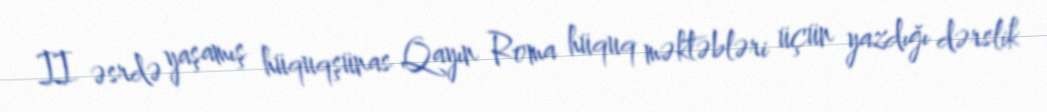
II əsrdə yaşamış hüquqşünas Qayın Roma hüquq məktəbləri üçün yazdığı dərslik